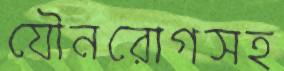
যৌনরোগসহ